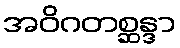
အဝိဂတစ္ဆန္ဒာ